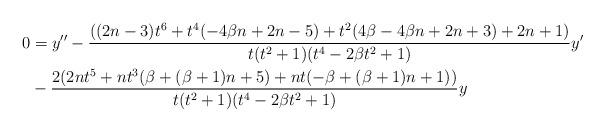
LaTeX: \begin{align*}0 &= y'' - \dfrac{((2n-3)t^6+t^4(-4\beta n + 2n-5)+t^2(4\beta-4\beta n+2n+3)+2n+1)}{t(t^2+1)(t^4-2\beta t^2+1)}y' \\ &- \dfrac{2(2nt^5+nt^3(\beta + (\beta+1)n+5)+nt(-\beta+(\beta+1)n+1))}{t(t^2+1)(t^4-2\beta t^2+1)} y \end{align*}